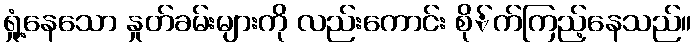
ရှုံ့နေသော နှုတ်ခမ်းများကို လည်းကောင်း စို်က်ကြည့်နေသည်။